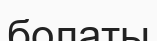
болаты